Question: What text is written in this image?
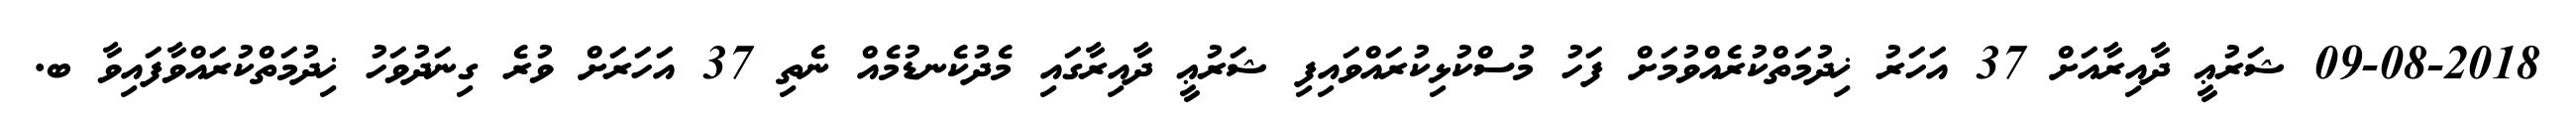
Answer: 09-08-2018 ޝަރުޢީ ދާއިރާއަށް 37 އަހަރު ޚިދުމަތްކުރެއްވުމަށް ފަހު މުސްކުޅިކުރައްވައިފި ޝަރުޢީ ދާއިރާގައި މެދުކެނޑުމެއް ނެތި 37 އަހަރަށް ވުރެ ގިނަދުވަހު ޚިދުމަތްކުރައްވާފައިވާ ބ.